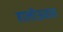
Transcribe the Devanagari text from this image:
हालोऊवास